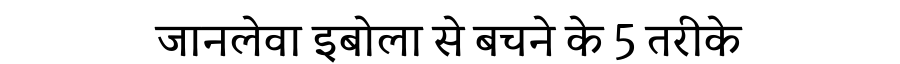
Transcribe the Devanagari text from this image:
जानलेवा इबोला से बचने के 5 तरीके